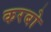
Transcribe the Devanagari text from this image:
करबो